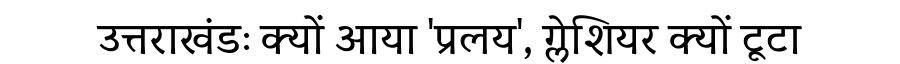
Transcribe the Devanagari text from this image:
उत्तराखंडः क्यों आया 'प्रलय', ग्लेशियर क्यों टूटा